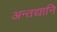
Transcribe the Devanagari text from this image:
अन्तद्यानि